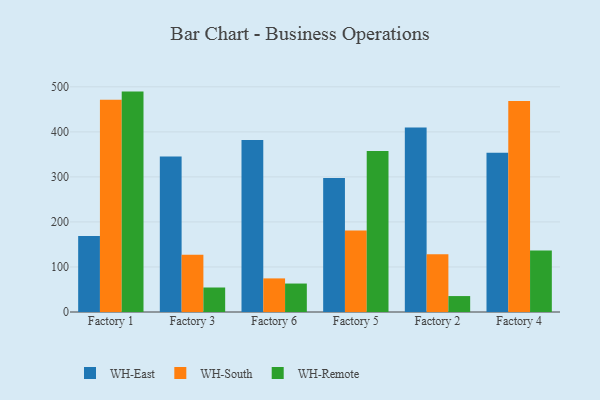
{"axis": {"x": "Factory", "y": "Inventory Turnover"}, "legend": ["WH-East", "WH-Remote", "WH-South"], "data": [{"x": "Factory 1", "y": 169.0, "type": "WH-East"}, {"x": "Factory 1", "y": 471.4, "type": "WH-South"}, {"x": "Factory 1", "y": 489.4, "type": "WH-Remote"}, {"x": "Factory 3", "y": 345.1, "type": "WH-East"}, {"x": "Factory 3", "y": 127.4, "type": "WH-South"}, {"x": "Factory 3", "y": 54.4, "type": "WH-Remote"}, {"x": "Factory 6", "y": 381.7, "type": "WH-East"}, {"x": "Factory 6", "y": 74.6, "type": "WH-South"}, {"x": "Factory 6", "y": 63.2, "type": "WH-Remote"}, {"x": "Factory 5", "y": 297.6, "type": "WH-East"}, {"x": "Factory 5", "y": 180.9, "type": "WH-South"}, {"x": "Factory 5", "y": 357.7, "type": "WH-Remote"}, {"x": "Factory 2", "y": 409.7, "type": "WH-East"}, {"x": "Factory 2", "y": 128.4, "type": "WH-South"}, {"x": "Factory 2", "y": 35.4, "type": "WH-Remote"}, {"x": "Factory 4", "y": 353.4, "type": "WH-East"}, {"x": "Factory 4", "y": 468.7, "type": "WH-South"}, {"x": "Factory 4", "y": 136.4, "type": "WH-Remote"}]}